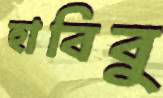
হাবিবু